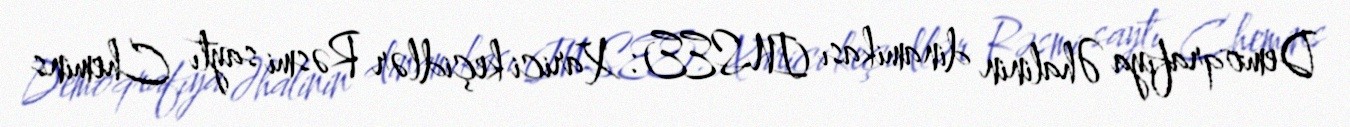
Demoqrafiya Əhalinin dinamikası (INSEE): Xarici keçidlər Rəsmi saytı Chemins